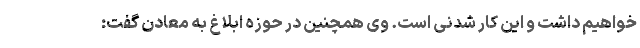
خواهیم داشت و این کار شدنی است. وی همچنین در حوزه ابلاغ به معادن گفت: